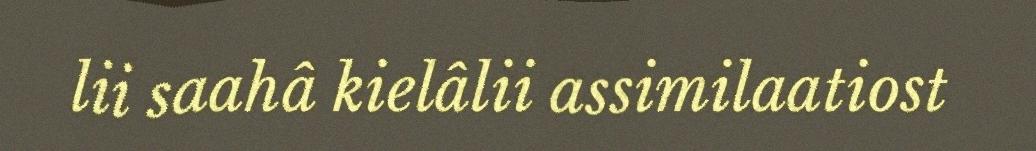
lii saahâ kielâlii assimilaatiost